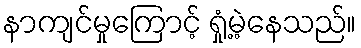
နာကျင်မှုကြောင့် ရှုံ့မဲ့နေသည်။